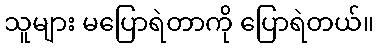
သူများ မပြောရဲတာကို ပြောရဲတယ်။